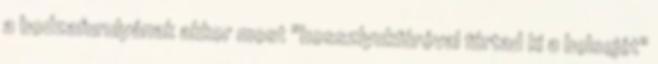
a bodzafurulyának akkor most "hosszlyukfúróval fúrtad ki a belsejét"